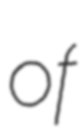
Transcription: of